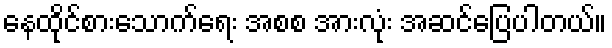
နေထိုင်စားသောက်ရေး အစစ အားလုံး အဆင်ပြေပါတယ်။